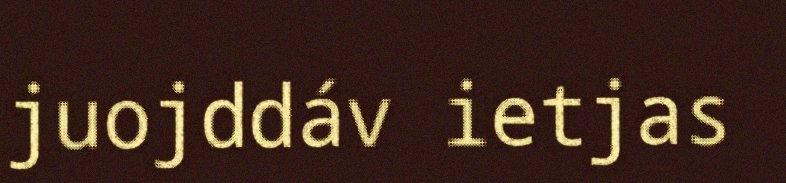
juojddáv ietjas